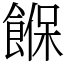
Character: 䭋